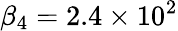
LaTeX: \beta_{4}=2.4\times 10^{2}